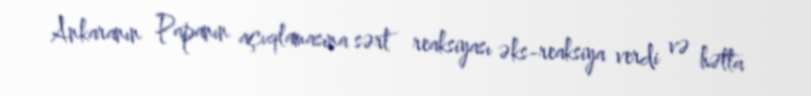
Ankaranın Papanın açıqlamasına sərt reaksiyası əks-reaksiya verdi və hətta